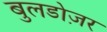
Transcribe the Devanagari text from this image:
बुलडोज़र